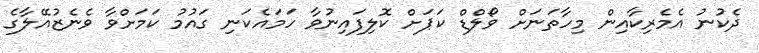
ދެކުނު އެމެރިކާއިން މިހާތަނަށް ވޯލްޑް ކަޕަށް ކޮލިފައިނުވާ ހަމައެކަނި ގައުމު ކަމަށްވާ ވެނެޒުއޭލާގެ